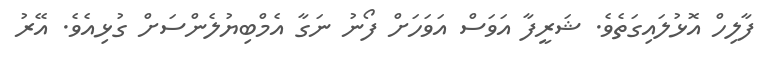
ފާލިހް އޮޅުލައިގަތެވެ. ޝަރީފާ އަވަސް އަވަހަށް ފޯނު ނަގާ އެމްބިޔުލެންސަށް ގުޅިއެވެ. އޭރު